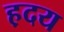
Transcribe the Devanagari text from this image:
ह़दय